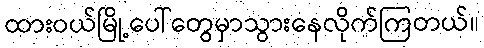
ထားဝယ်မြို့ပေါ်တွေမှာသွားနေလိုက်ကြတယ်။